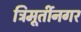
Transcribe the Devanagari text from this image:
त्रिमूर्तीनगर